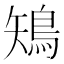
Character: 鴙